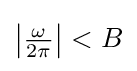
\left|{\tfrac {\omega }{2\pi }}\right|<B